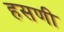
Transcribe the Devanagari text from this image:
हसणी